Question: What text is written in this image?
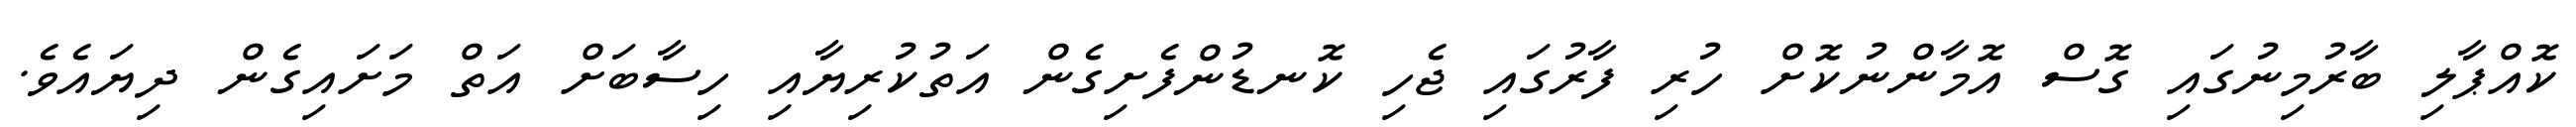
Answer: ކޮއްޕާލި ބާރުމިނުގައި ގޮސް އޮމާންނުކޮށް ހުރި ފާރުގައި ޖެހި ކޮނޑުންފެށިގެން އަތުކުރިޔާއި ހިސާބަށް އަތް މަށައިގެން ދިޔައެވެ.